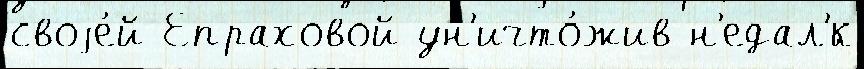
своjе́й Епраховой ун'ичто́жив н'едал'́к